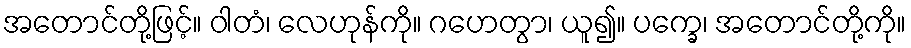
အတောင်တို့ဖြင့်။ ဝါတံ၊ လေဟုန်ကို။ ဂဟေတွာ၊ ယူ၍။ ပက္ခေ၊ အတောင်တို့ကို။